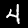
Digit: 4